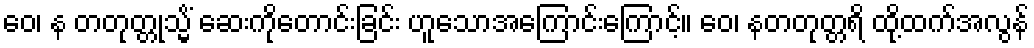
ဝေ၊ န တတုတ္တုသ္မိံ ဆေးကိုတောင်းခြင်း ဟူသောအကြောင်းကြောင့်။ ဝေ၊ နတတုတ္တရိ ထို့ထက်အလွန်